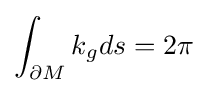
\int _{\partial M}k_{g}ds=2\pi